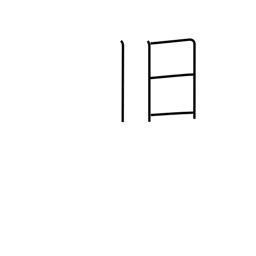
Meaning: old friend